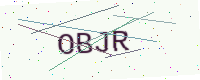
Text: OBJR